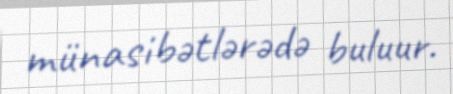
münasibətlərədə buluur.